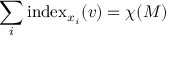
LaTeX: \sum _ { i } \operatorname { i n d e x } _ { x _ { i } } ( v ) = \chi ( M )